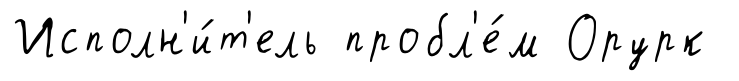
Исполн'и́т'ель пробл'е́м Орурк